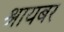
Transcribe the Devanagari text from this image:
श्रायबर